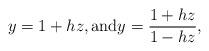
LaTeX: \begin{align*} y=1+hz, \mbox{and} y=\frac{1+hz}{1-hz},\end{align*}